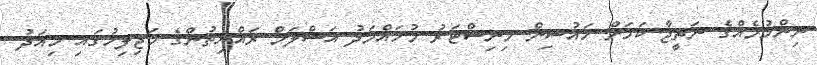
ނިންމުމެއްގެ ނަތީޖާ ކަމަށް ހައުސިން މިނިސްޓަރު މުހައްމަދު އަސްލަމް ރައްޔިތުންގެ މަޖިލިހުގައި މިއަދު